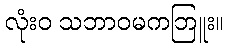
လုံးဝ သဘာဝမကဘြူး။